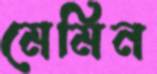
মেমিন